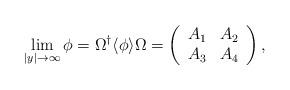
LaTeX: \begin{align*}\lim_{|y|\rightarrow\infty}\phi=\Omega^{\dagger}\langle\phi\rangle\Omega=\left(\begin{array}{cc}A_1&A_2\\A_3&A_4\end{array}\right),\end{align*}